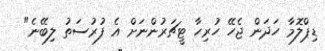
ޑިޕްލޮމާ ހަދަން ޖެހޭ ހުރިހާ ޓީޗަރުންނަށް އެ ފުރުސަތު ލިބޭނެ"